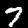
Digit: 7